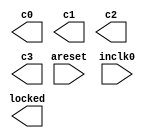
// megafunction wizard: %ALTPLL%VBB%
// GENERATION: STANDARD
// VERSION: WM1.0
// MODULE: altpll 

// ============================================================
// Megafunction Name(s):
// 			altpll
//
// Simulation Library Files(s):
// 			altera_mf
// ============================================================
// ************************************************************
// THIS IS A WIZARD-GENERATED FILE. DO NOT EDIT THIS FILE!
//
// 17.1.0 Build 590 10/25/2017 SJ Lite Edition
// ************************************************************

//Copyright (C) 2017  Intel Corporation. All rights reserved.
//Your use of Intel Corporation's design tools, logic functions 
//and other software and tools, and its AMPP partner logic 
//functions, and any output files from any of the foregoing 
//(including device programming or simulation files), and any 
//associated documentation or information are expressly subject 
//to the terms and conditions of the Intel Program License 
//Subscription Agreement, the Intel Quartus Prime License Agreement,
//the Intel FPGA IP License Agreement, or other applicable license
//agreement, including, without limitation, that your use is for
//the sole purpose of programming logic devices manufactured by
//Intel and sold by Intel or its authorized distributors.  Please
//refer to the applicable agreement for further details.

module pll_test (
	areset,
	inclk0,
	c0,
	c1,
	c2,
	c3,
	locked);

	input	  areset;
	input	  inclk0;
	output	  c0;
	output	  c1;
	output	  c2;
	output	  c3;
	output	  locked;
`ifndef ALTERA_RESERVED_QIS
// synopsys translate_off
`endif
	tri0	  areset;
`ifndef ALTERA_RESERVED_QIS
// synopsys translate_on
`endif

endmodule

// ============================================================
// CNX file retrieval info
// ============================================================
// Retrieval info: PRIVATE: ACTIVECLK_CHECK STRING "0"
// Retrieval info: PRIVATE: BANDWIDTH STRING "1.000"
// Retrieval info: PRIVATE: BANDWIDTH_FEATURE_ENABLED STRING "1"
// Retrieval info: PRIVATE: BANDWIDTH_FREQ_UNIT STRING "MHz"
// Retrieval info: PRIVATE: BANDWIDTH_PRESET STRING "Low"
// Retrieval info: PRIVATE: BANDWIDTH_USE_AUTO STRING "1"
// Retrieval info: PRIVATE: BANDWIDTH_USE_PRESET STRING "0"
// Retrieval info: PRIVATE: CLKBAD_SWITCHOVER_CHECK STRING "0"
// Retrieval info: PRIVATE: CLKLOSS_CHECK STRING "0"
// Retrieval info: PRIVATE: CLKSWITCH_CHECK STRING "0"
// Retrieval info: PRIVATE: CNX_NO_COMPENSATE_RADIO STRING "0"
// Retrieval info: PRIVATE: CREATE_CLKBAD_CHECK STRING "0"
// Retrieval info: PRIVATE: CREATE_INCLK1_CHECK STRING "0"
// Retrieval info: PRIVATE: CUR_DEDICATED_CLK STRING "c0"
// Retrieval info: PRIVATE: CUR_FBIN_CLK STRING "c0"
// Retrieval info: PRIVATE: DEVICE_SPEED_GRADE STRING "Any"
// Retrieval info: PRIVATE: DIV_FACTOR0 NUMERIC "1"
// Retrieval info: PRIVATE: DIV_FACTOR1 NUMERIC "1"
// Retrieval info: PRIVATE: DIV_FACTOR2 NUMERIC "1"
// Retrieval info: PRIVATE: DIV_FACTOR3 NUMERIC "1"
// Retrieval info: PRIVATE: DUTY_CYCLE0 STRING "50.00000000"
// Retrieval info: PRIVATE: DUTY_CYCLE1 STRING "50.00000000"
// Retrieval info: PRIVATE: DUTY_CYCLE2 STRING "50.00000000"
// Retrieval info: PRIVATE: DUTY_CYCLE3 STRING "50.00000000"
// Retrieval info: PRIVATE: EFF_OUTPUT_FREQ_VALUE0 STRING "50.000000"
// Retrieval info: PRIVATE: EFF_OUTPUT_FREQ_VALUE1 STRING "50.000000"
// Retrieval info: PRIVATE: EFF_OUTPUT_FREQ_VALUE2 STRING "75.000000"
// Retrieval info: PRIVATE: EFF_OUTPUT_FREQ_VALUE3 STRING "100.000000"
// Retrieval info: PRIVATE: EXPLICIT_SWITCHOVER_COUNTER STRING "0"
// Retrieval info: PRIVATE: EXT_FEEDBACK_RADIO STRING "0"
// Retrieval info: PRIVATE: GLOCKED_COUNTER_EDIT_CHANGED STRING "1"
// Retrieval info: PRIVATE: GLOCKED_FEATURE_ENABLED STRING "0"
// Retrieval info: PRIVATE: GLOCKED_MODE_CHECK STRING "0"
// Retrieval info: PRIVATE: GLOCK_COUNTER_EDIT NUMERIC "1048575"
// Retrieval info: PRIVATE: HAS_MANUAL_SWITCHOVER STRING "1"
// Retrieval info: PRIVATE: INCLK0_FREQ_EDIT STRING "50.000"
// Retrieval info: PRIVATE: INCLK0_FREQ_UNIT_COMBO STRING "MHz"
// Retrieval info: PRIVATE: INCLK1_FREQ_EDIT STRING "100.000"
// Retrieval info: PRIVATE: INCLK1_FREQ_EDIT_CHANGED STRING "1"
// Retrieval info: PRIVATE: INCLK1_FREQ_UNIT_CHANGED STRING "1"
// Retrieval info: PRIVATE: INCLK1_FREQ_UNIT_COMBO STRING "MHz"
// Retrieval info: PRIVATE: INTENDED_DEVICE_FAMILY STRING "Cyclone IV E"
// Retrieval info: PRIVATE: INT_FEEDBACK__MODE_RADIO STRING "1"
// Retrieval info: PRIVATE: LOCKED_OUTPUT_CHECK STRING "1"
// Retrieval info: PRIVATE: LONG_SCAN_RADIO STRING "1"
// Retrieval info: PRIVATE: LVDS_MODE_DATA_RATE STRING "Not Available"
// Retrieval info: PRIVATE: LVDS_MODE_DATA_RATE_DIRTY NUMERIC "0"
// Retrieval info: PRIVATE: LVDS_PHASE_SHIFT_UNIT0 STRING "deg"
// Retrieval info: PRIVATE: LVDS_PHASE_SHIFT_UNIT1 STRING "deg"
// Retrieval info: PRIVATE: LVDS_PHASE_SHIFT_UNIT2 STRING "deg"
// Retrieval info: PRIVATE: LVDS_PHASE_SHIFT_UNIT3 STRING "deg"
// Retrieval info: PRIVATE: MIG_DEVICE_SPEED_GRADE STRING "Any"
// Retrieval info: PRIVATE: MIRROR_CLK0 STRING "0"
// Retrieval info: PRIVATE: MIRROR_CLK1 STRING "0"
// Retrieval info: PRIVATE: MIRROR_CLK2 STRING "0"
// Retrieval info: PRIVATE: MIRROR_CLK3 STRING "0"
// Retrieval info: PRIVATE: MULT_FACTOR0 NUMERIC "1"
// Retrieval info: PRIVATE: MULT_FACTOR1 NUMERIC "1"
// Retrieval info: PRIVATE: MULT_FACTOR2 NUMERIC "1"
// Retrieval info: PRIVATE: MULT_FACTOR3 NUMERIC "1"
// Retrieval info: PRIVATE: NORMAL_MODE_RADIO STRING "1"
// Retrieval info: PRIVATE: OUTPUT_FREQ0 STRING "100.00000000"
// Retrieval info: PRIVATE: OUTPUT_FREQ1 STRING "50.00000000"
// Retrieval info: PRIVATE: OUTPUT_FREQ2 STRING "75.00000000"
// Retrieval info: PRIVATE: OUTPUT_FREQ3 STRING "100.00000000"
// Retrieval info: PRIVATE: OUTPUT_FREQ_MODE0 STRING "0"
// Retrieval info: PRIVATE: OUTPUT_FREQ_MODE1 STRING "1"
// Retrieval info: PRIVATE: OUTPUT_FREQ_MODE2 STRING "1"
// Retrieval info: PRIVATE: OUTPUT_FREQ_MODE3 STRING "1"
// Retrieval info: PRIVATE: OUTPUT_FREQ_UNIT0 STRING "MHz"
// Retrieval info: PRIVATE: OUTPUT_FREQ_UNIT1 STRING "MHz"
// Retrieval info: PRIVATE: OUTPUT_FREQ_UNIT2 STRING "MHz"
// Retrieval info: PRIVATE: OUTPUT_FREQ_UNIT3 STRING "MHz"
// Retrieval info: PRIVATE: PHASE_RECONFIG_FEATURE_ENABLED STRING "1"
// Retrieval info: PRIVATE: PHASE_RECONFIG_INPUTS_CHECK STRING "0"
// Retrieval info: PRIVATE: PHASE_SHIFT0 STRING "0.00000000"
// Retrieval info: PRIVATE: PHASE_SHIFT1 STRING "0.00000000"
// Retrieval info: PRIVATE: PHASE_SHIFT2 STRING "0.00000000"
// Retrieval info: PRIVATE: PHASE_SHIFT3 STRING "0.00000000"
// Retrieval info: PRIVATE: PHASE_SHIFT_STEP_ENABLED_CHECK STRING "0"
// Retrieval info: PRIVATE: PHASE_SHIFT_UNIT0 STRING "deg"
// Retrieval info: PRIVATE: PHASE_SHIFT_UNIT1 STRING "deg"
// Retrieval info: PRIVATE: PHASE_SHIFT_UNIT2 STRING "deg"
// Retrieval info: PRIVATE: PHASE_SHIFT_UNIT3 STRING "deg"
// Retrieval info: PRIVATE: PLL_ADVANCED_PARAM_CHECK STRING "0"
// Retrieval info: PRIVATE: PLL_ARESET_CHECK STRING "1"
// Retrieval info: PRIVATE: PLL_AUTOPLL_CHECK NUMERIC "1"
// Retrieval info: PRIVATE: PLL_ENHPLL_CHECK NUMERIC "0"
// Retrieval info: PRIVATE: PLL_FASTPLL_CHECK NUMERIC "0"
// Retrieval info: PRIVATE: PLL_FBMIMIC_CHECK STRING "0"
// Retrieval info: PRIVATE: PLL_LVDS_PLL_CHECK NUMERIC "0"
// Retrieval info: PRIVATE: PLL_PFDENA_CHECK STRING "0"
// Retrieval info: PRIVATE: PLL_TARGET_HARCOPY_CHECK NUMERIC "0"
// Retrieval info: PRIVATE: PRIMARY_CLK_COMBO STRING "inclk0"
// Retrieval info: PRIVATE: RECONFIG_FILE STRING "pll_test.mif"
// Retrieval info: PRIVATE: SACN_INPUTS_CHECK STRING "0"
// Retrieval info: PRIVATE: SCAN_FEATURE_ENABLED STRING "1"
// Retrieval info: PRIVATE: SELF_RESET_LOCK_LOSS STRING "0"
// Retrieval info: PRIVATE: SHORT_SCAN_RADIO STRING "0"
// Retrieval info: PRIVATE: SPREAD_FEATURE_ENABLED STRING "0"
// Retrieval info: PRIVATE: SPREAD_FREQ STRING "50.000"
// Retrieval info: PRIVATE: SPREAD_FREQ_UNIT STRING "KHz"
// Retrieval info: PRIVATE: SPREAD_PERCENT STRING "0.500"
// Retrieval info: PRIVATE: SPREAD_USE STRING "0"
// Retrieval info: PRIVATE: SRC_SYNCH_COMP_RADIO STRING "0"
// Retrieval info: PRIVATE: STICKY_CLK0 STRING "1"
// Retrieval info: PRIVATE: STICKY_CLK1 STRING "1"
// Retrieval info: PRIVATE: STICKY_CLK2 STRING "1"
// Retrieval info: PRIVATE: STICKY_CLK3 STRING "1"
// Retrieval info: PRIVATE: SWITCHOVER_COUNT_EDIT NUMERIC "1"
// Retrieval info: PRIVATE: SWITCHOVER_FEATURE_ENABLED STRING "1"
// Retrieval info: PRIVATE: SYNTH_WRAPPER_GEN_POSTFIX STRING "0"
// Retrieval info: PRIVATE: USE_CLK0 STRING "1"
// Retrieval info: PRIVATE: USE_CLK1 STRING "1"
// Retrieval info: PRIVATE: USE_CLK2 STRING "1"
// Retrieval info: PRIVATE: USE_CLK3 STRING "1"
// Retrieval info: PRIVATE: USE_CLKENA0 STRING "0"
// Retrieval info: PRIVATE: USE_CLKENA1 STRING "0"
// Retrieval info: PRIVATE: USE_CLKENA2 STRING "0"
// Retrieval info: PRIVATE: USE_CLKENA3 STRING "0"
// Retrieval info: PRIVATE: USE_MIL_SPEED_GRADE NUMERIC "0"
// Retrieval info: PRIVATE: ZERO_DELAY_RADIO STRING "0"
// Retrieval info: LIBRARY: altera_mf altera_mf.altera_mf_components.all
// Retrieval info: CONSTANT: BANDWIDTH_TYPE STRING "AUTO"
// Retrieval info: CONSTANT: CLK0_DIVIDE_BY NUMERIC "1"
// Retrieval info: CONSTANT: CLK0_DUTY_CYCLE NUMERIC "50"
// Retrieval info: CONSTANT: CLK0_MULTIPLY_BY NUMERIC "1"
// Retrieval info: CONSTANT: CLK0_PHASE_SHIFT STRING "0"
// Retrieval info: CONSTANT: CLK1_DIVIDE_BY NUMERIC "1"
// Retrieval info: CONSTANT: CLK1_DUTY_CYCLE NUMERIC "50"
// Retrieval info: CONSTANT: CLK1_MULTIPLY_BY NUMERIC "1"
// Retrieval info: CONSTANT: CLK1_PHASE_SHIFT STRING "0"
// Retrieval info: CONSTANT: CLK2_DIVIDE_BY NUMERIC "2"
// Retrieval info: CONSTANT: CLK2_DUTY_CYCLE NUMERIC "50"
// Retrieval info: CONSTANT: CLK2_MULTIPLY_BY NUMERIC "3"
// Retrieval info: CONSTANT: CLK2_PHASE_SHIFT STRING "0"
// Retrieval info: CONSTANT: CLK3_DIVIDE_BY NUMERIC "1"
// Retrieval info: CONSTANT: CLK3_DUTY_CYCLE NUMERIC "50"
// Retrieval info: CONSTANT: CLK3_MULTIPLY_BY NUMERIC "2"
// Retrieval info: CONSTANT: CLK3_PHASE_SHIFT STRING "0"
// Retrieval info: CONSTANT: COMPENSATE_CLOCK STRING "CLK0"
// Retrieval info: CONSTANT: INCLK0_INPUT_FREQUENCY NUMERIC "20000"
// Retrieval info: CONSTANT: INTENDED_DEVICE_FAMILY STRING "Cyclone IV E"
// Retrieval info: CONSTANT: LPM_TYPE STRING "altpll"
// Retrieval info: CONSTANT: OPERATION_MODE STRING "NORMAL"
// Retrieval info: CONSTANT: PLL_TYPE STRING "AUTO"
// Retrieval info: CONSTANT: PORT_ACTIVECLOCK STRING "PORT_UNUSED"
// Retrieval info: CONSTANT: PORT_ARESET STRING "PORT_USED"
// Retrieval info: CONSTANT: PORT_CLKBAD0 STRING "PORT_UNUSED"
// Retrieval info: CONSTANT: PORT_CLKBAD1 STRING "PORT_UNUSED"
// Retrieval info: CONSTANT: PORT_CLKLOSS STRING "PORT_UNUSED"
// Retrieval info: CONSTANT: PORT_CLKSWITCH STRING "PORT_UNUSED"
// Retrieval info: CONSTANT: PORT_CONFIGUPDATE STRING "PORT_UNUSED"
// Retrieval info: CONSTANT: PORT_FBIN STRING "PORT_UNUSED"
// Retrieval info: CONSTANT: PORT_INCLK0 STRING "PORT_USED"
// Retrieval info: CONSTANT: PORT_INCLK1 STRING "PORT_UNUSED"
// Retrieval info: CONSTANT: PORT_LOCKED STRING "PORT_USED"
// Retrieval info: CONSTANT: PORT_PFDENA STRING "PORT_UNUSED"
// Retrieval info: CONSTANT: PORT_PHASECOUNTERSELECT STRING "PORT_UNUSED"
// Retrieval info: CONSTANT: PORT_PHASEDONE STRING "PORT_UNUSED"
// Retrieval info: CONSTANT: PORT_PHASESTEP STRING "PORT_UNUSED"
// Retrieval info: CONSTANT: PORT_PHASEUPDOWN STRING "PORT_UNUSED"
// Retrieval info: CONSTANT: PORT_PLLENA STRING "PORT_UNUSED"
// Retrieval info: CONSTANT: PORT_SCANACLR STRING "PORT_UNUSED"
// Retrieval info: CONSTANT: PORT_SCANCLK STRING "PORT_UNUSED"
// Retrieval info: CONSTANT: PORT_SCANCLKENA STRING "PORT_UNUSED"
// Retrieval info: CONSTANT: PORT_SCANDATA STRING "PORT_UNUSED"
// Retrieval info: CONSTANT: PORT_SCANDATAOUT STRING "PORT_UNUSED"
// Retrieval info: CONSTANT: PORT_SCANDONE STRING "PORT_UNUSED"
// Retrieval info: CONSTANT: PORT_SCANREAD STRING "PORT_UNUSED"
// Retrieval info: CONSTANT: PORT_SCANWRITE STRING "PORT_UNUSED"
// Retrieval info: CONSTANT: PORT_clk0 STRING "PORT_USED"
// Retrieval info: CONSTANT: PORT_clk1 STRING "PORT_USED"
// Retrieval info: CONSTANT: PORT_clk2 STRING "PORT_USED"
// Retrieval info: CONSTANT: PORT_clk3 STRING "PORT_USED"
// Retrieval info: CONSTANT: PORT_clk4 STRING "PORT_UNUSED"
// Retrieval info: CONSTANT: PORT_clk5 STRING "PORT_UNUSED"
// Retrieval info: CONSTANT: PORT_clkena0 STRING "PORT_UNUSED"
// Retrieval info: CONSTANT: PORT_clkena1 STRING "PORT_UNUSED"
// Retrieval info: CONSTANT: PORT_clkena2 STRING "PORT_UNUSED"
// Retrieval info: CONSTANT: PORT_clkena3 STRING "PORT_UNUSED"
// Retrieval info: CONSTANT: PORT_clkena4 STRING "PORT_UNUSED"
// Retrieval info: CONSTANT: PORT_clkena5 STRING "PORT_UNUSED"
// Retrieval info: CONSTANT: PORT_extclk0 STRING "PORT_UNUSED"
// Retrieval info: CONSTANT: PORT_extclk1 STRING "PORT_UNUSED"
// Retrieval info: CONSTANT: PORT_extclk2 STRING "PORT_UNUSED"
// Retrieval info: CONSTANT: PORT_extclk3 STRING "PORT_UNUSED"
// Retrieval info: CONSTANT: SELF_RESET_ON_LOSS_LOCK STRING "OFF"
// Retrieval info: CONSTANT: WIDTH_CLOCK NUMERIC "5"
// Retrieval info: USED_PORT: @clk 0 0 5 0 OUTPUT_CLK_EXT VCC "@clk[4..0]"
// Retrieval info: USED_PORT: areset 0 0 0 0 INPUT GND "areset"
// Retrieval info: USED_PORT: c0 0 0 0 0 OUTPUT_CLK_EXT VCC "c0"
// Retrieval info: USED_PORT: c1 0 0 0 0 OUTPUT_CLK_EXT VCC "c1"
// Retrieval info: USED_PORT: c2 0 0 0 0 OUTPUT_CLK_EXT VCC "c2"
// Retrieval info: USED_PORT: c3 0 0 0 0 OUTPUT_CLK_EXT VCC "c3"
// Retrieval info: USED_PORT: inclk0 0 0 0 0 INPUT_CLK_EXT GND "inclk0"
// Retrieval info: USED_PORT: locked 0 0 0 0 OUTPUT GND "locked"
// Retrieval info: CONNECT: @areset 0 0 0 0 areset 0 0 0 0
// Retrieval info: CONNECT: @inclk 0 0 1 1 GND 0 0 0 0
// Retrieval info: CONNECT: @inclk 0 0 1 0 inclk0 0 0 0 0
// Retrieval info: CONNECT: c0 0 0 0 0 @clk 0 0 1 0
// Retrieval info: CONNECT: c1 0 0 0 0 @clk 0 0 1 1
// Retrieval info: CONNECT: c2 0 0 0 0 @clk 0 0 1 2
// Retrieval info: CONNECT: c3 0 0 0 0 @clk 0 0 1 3
// Retrieval info: CONNECT: locked 0 0 0 0 @locked 0 0 0 0
// Retrieval info: GEN_FILE: TYPE_NORMAL pll_test.v TRUE
// Retrieval info: GEN_FILE: TYPE_NORMAL pll_test.ppf TRUE
// Retrieval info: GEN_FILE: TYPE_NORMAL pll_test.inc FALSE
// Retrieval info: GEN_FILE: TYPE_NORMAL pll_test.cmp FALSE
// Retrieval info: GEN_FILE: TYPE_NORMAL pll_test.bsf FALSE
// Retrieval info: GEN_FILE: TYPE_NORMAL pll_test_inst.v FALSE
// Retrieval info: GEN_FILE: TYPE_NORMAL pll_test_bb.v TRUE
// Retrieval info: LIB_FILE: altera_mf
// Retrieval info: CBX_MODULE_PREFIX: ON